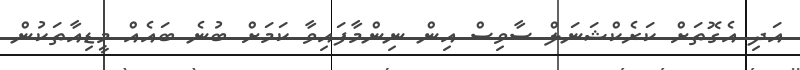
އަދި އެގޮތަށް ކަރެކްޝަނަލް ސާވިސް އިން ނިންމާފައިވާ ކަމަށް ބުނެ ބައެއް މީޑިއާތަކުން